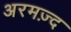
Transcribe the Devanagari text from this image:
अरमज़्द